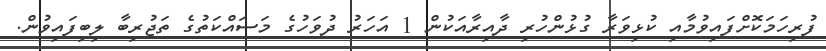
ފުރިހަމަކޮށްފައިވުމާއި ކުޅިވަރާ ގުޅުންހުރި ދާއިރާއަކުން 1 އަހަރު ދުވަހުގެ މަސައްކަތުގެ ތަޖުރިބާ ލިބިފައިވުން.